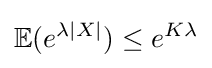
{\mathbb {E}}(e^{\lambda |X|})\leq e^{K\lambda }